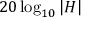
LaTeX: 2 0 \log _ { 1 0 } | H |